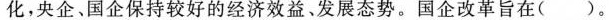
化，央企、国企保持较好的经济效益、发展态势。国企改革旨在( )。